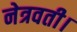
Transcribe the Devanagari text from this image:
नेत्रवती।